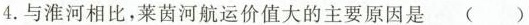
4.与淮河相比，莱茵河航运价值大的主要原因是 ()